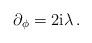
LaTeX: \begin{align*}\partial_\phi=2{\rm i}\lambda\,.\end{align*}